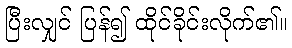
ပြီးလျှင် ပြန်၍ ထိုင်ခိုင်းလိုက်၏။